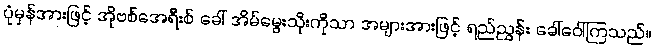
ပုံမှန်အားဖြင့် အိုဗစ်အေရီးစ် ခေါ် အိမ်မွေးသိုးကိုသာ အများအားဖြင့် ရည်ညွှန်း ခေါ်ဝေါ်ကြသည်။